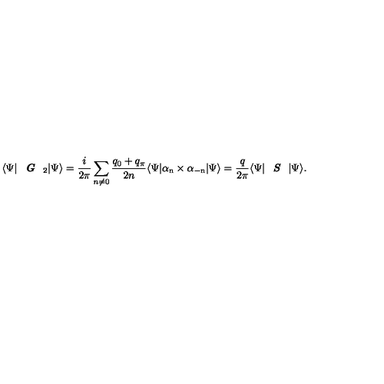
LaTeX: \langle \Psi | \textit { \textbf { G } } _ { 2 } | \Psi \rangle = \frac { i } { 2 \pi } \sum _ { n \neq 0 } \frac { q _ { 0 } + q _ { \pi } } { 2 n } \langle \Psi | \mathrm { \boldmath \alpha _ n \times \alpha _ { - n } } | \Psi \rangle = \frac { q } { 2 \pi } \langle \Psi | \textit { \textbf { S } } | \Psi \rangle .